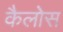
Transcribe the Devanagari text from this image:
कैलोस